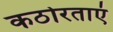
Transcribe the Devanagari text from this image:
कठोरताएं